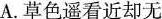
A. 草色遥看近却无